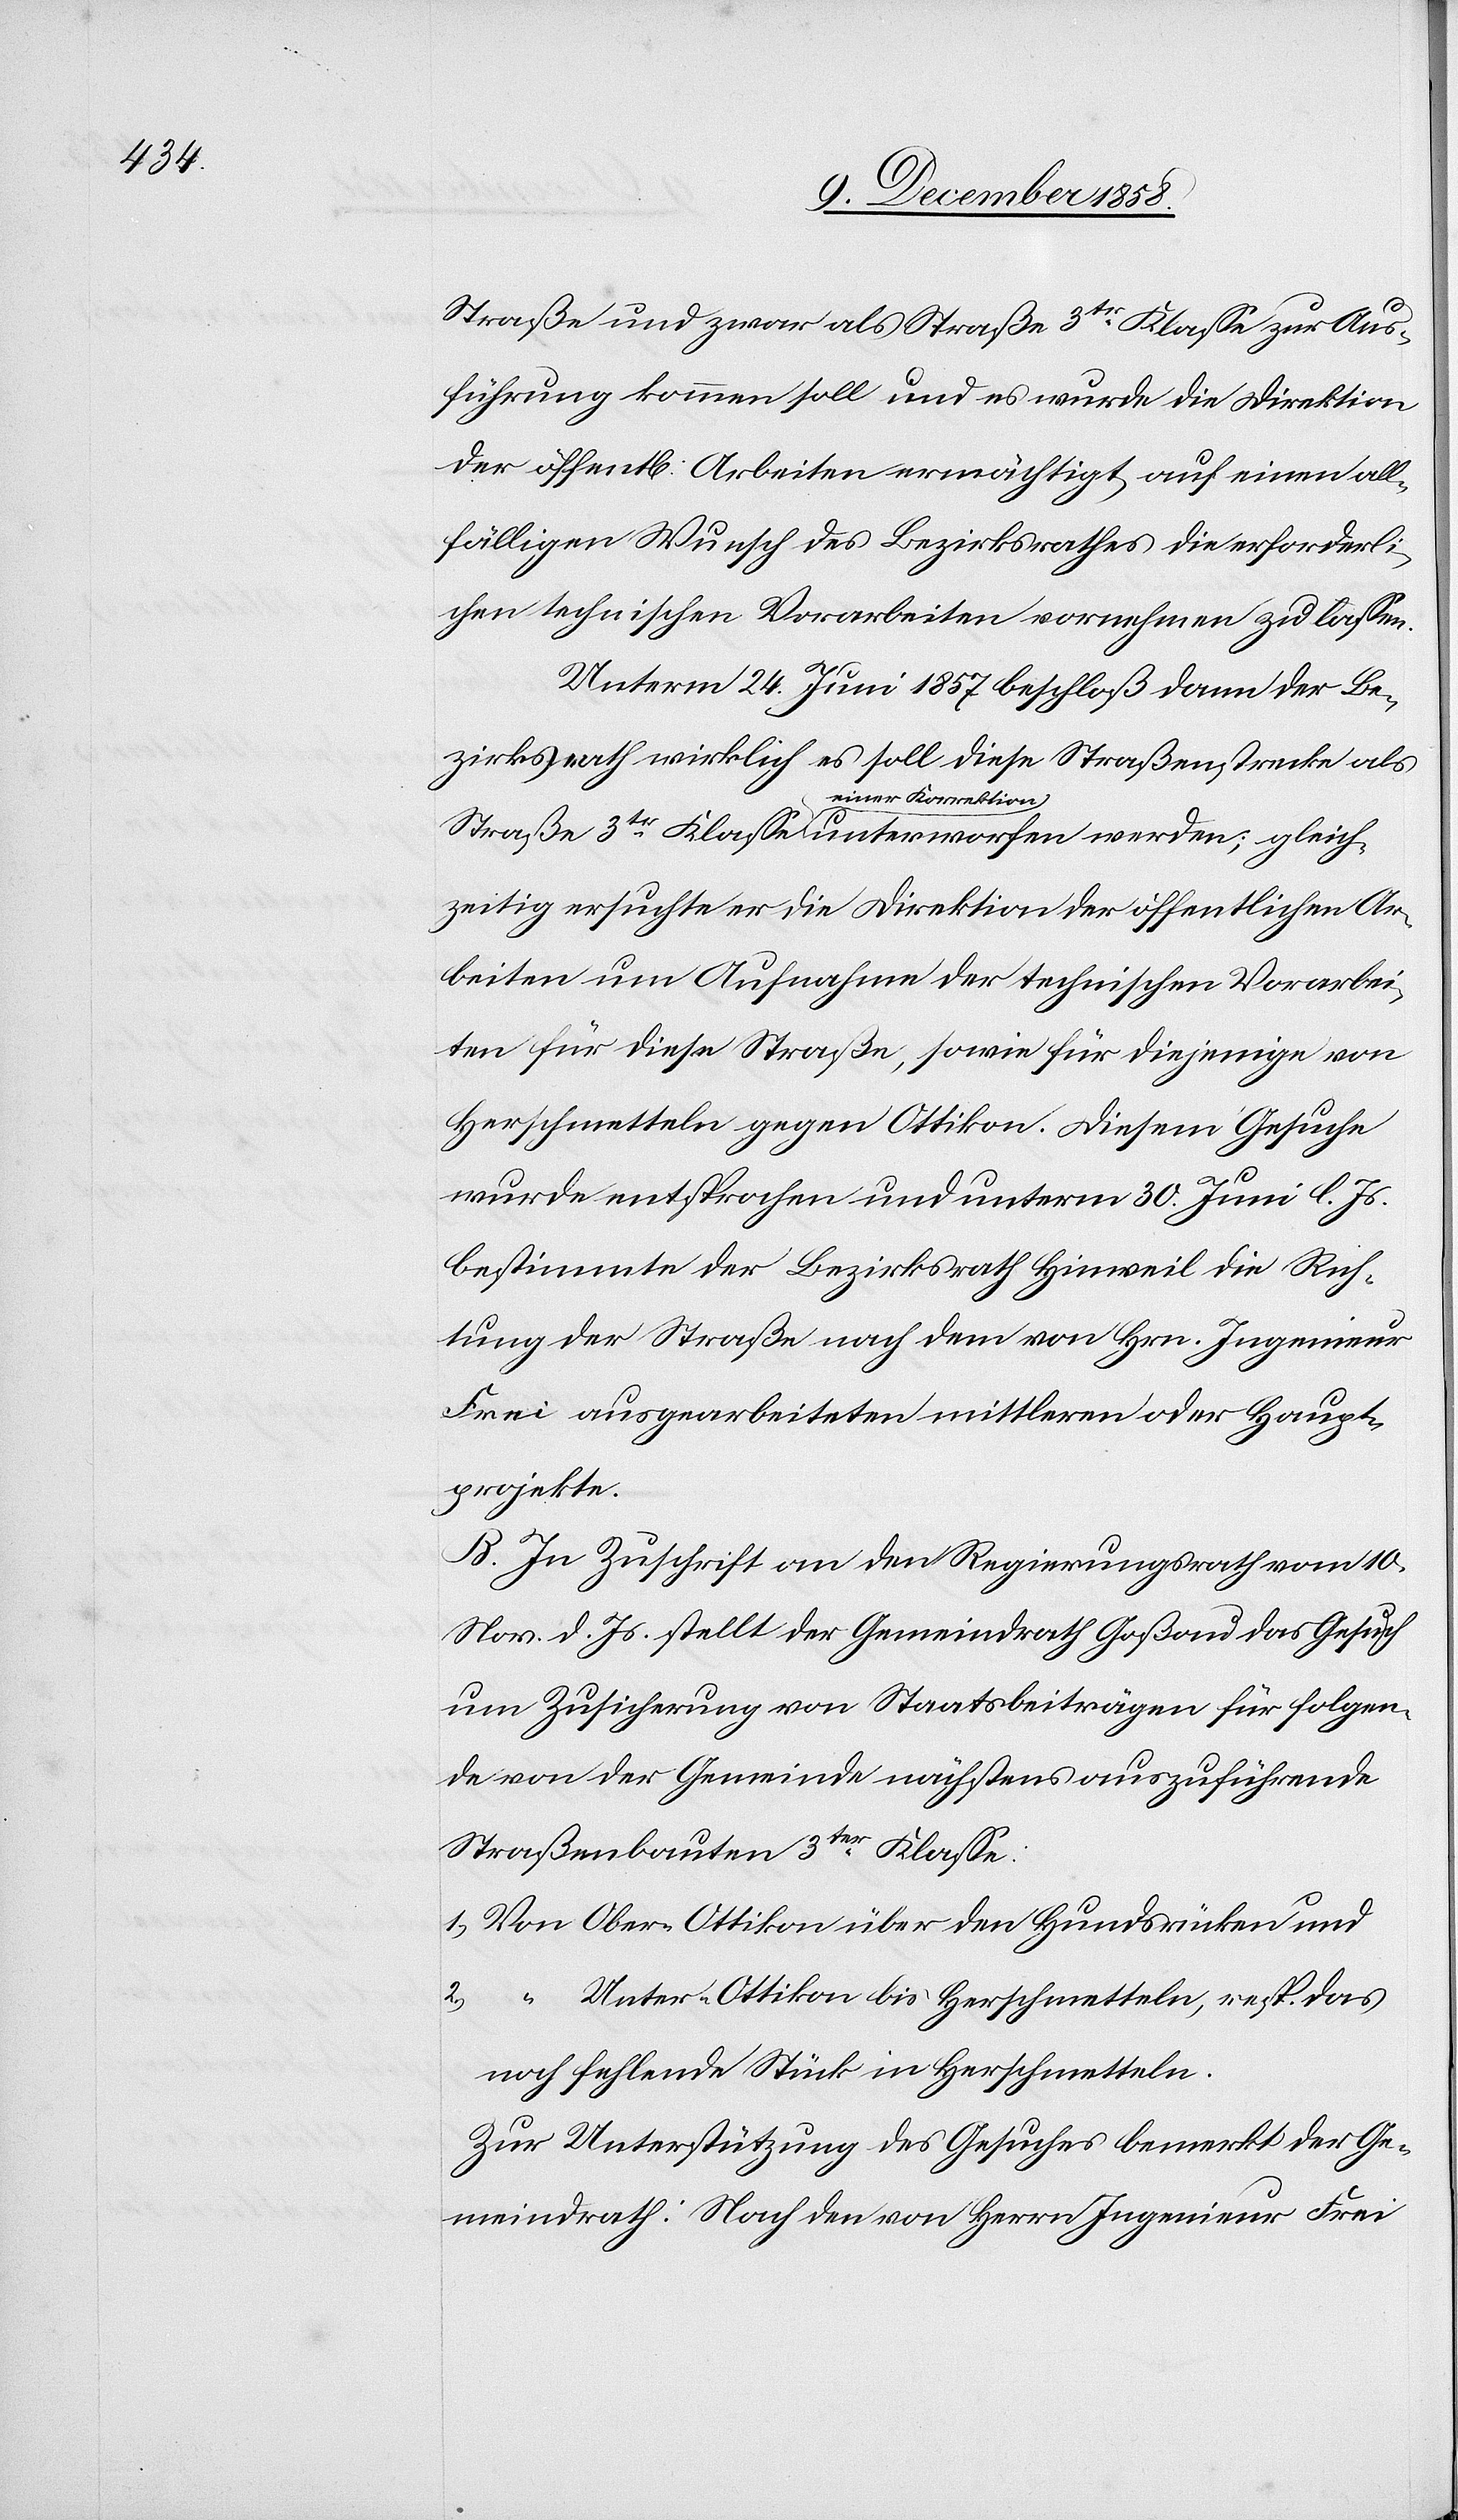
gleich¬

Straße und zwar als Straße 3tr Klasse zur Aus¬
führung kommen soll und es wurde die Direktion
der öffent[lichen] Arbeiten ermächtigt, auf einen all¬
fälligen Wunsch des Bezirksrathes die erforderli¬
chen technischen Vorarbeiten vornehmen zu lassen.
Unterm 24. Juni 1857 beschloß dann der Be¬
zirksrath wirklich es soll diese Straßenstrecke als
einer Korrektion
zeitig ersuchte er die Direktion der öffentlichen Ar¬
beiten um Aufnahme der technischen Vorarbei¬
ten für diese Straße, sowie für diejenige von
Herschmetteln gegen Ottikon. Diesem Gesuche
wurde entsprochen und unterm 30. Juni l. Js.
bestimmte der Bezirksrath Hinweil die Rich¬
tung der Straße nach dem von Hrn. Ingenieur
Frei ausgearbeiteten mittleren oder Haupt¬
projekte.
B. In Zuschrift an den Regierungsrath vom 10.
Nov. d. Js. stellt der Gemeindrath Goßau das Gesuch
um Zusicherung von Staatsbeiträgen für folgen¬
de von der Gemeinde nächstens auszuführende
Straßenbauten 3ter Klasse:
1.) Von Ober-Ottikon über den Hundsrücken und
2.) “ Unter-Ottikon bis Herschmetteln, resp. das
noch fehlende Stück in Herschmetteln.
Zur Unterstützung des Gesuches bemerkt der Ge¬
meindrath: Nach den von Herrn Ingenieur Frei